Cholera in southern India
Disease focus: Cholera
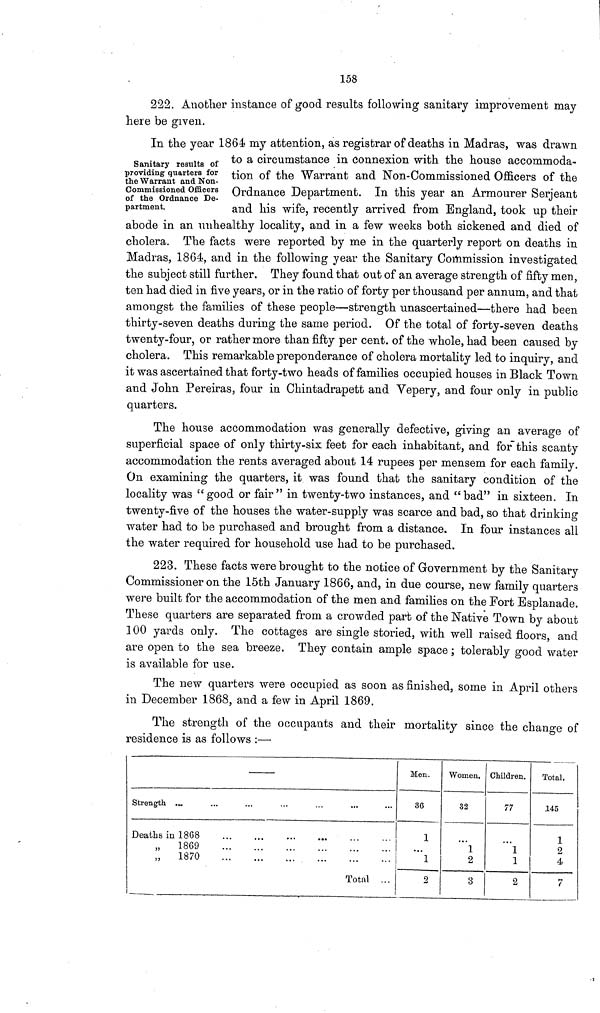
158
222. Another instance of good results following sanitary improvement may
here be given.
Sanitary results of
providing quarters for
the Warrant and Non-
commissioned Officers
of the Ordnance De-
partment.
In the year 1864 my attention, as registrar of deaths in Madras, was drawn
to a circumstance in connexion with the house accommoda-
tion of the Warrant and Non-Commissioned Officers of the
Ordnance Department. In this year an Armourer Serjeant
and his wife, recently arrived from England, took up their
abode in an unhealthy locality, and in a few weeks both sickened and died of
cholera. The facts were reported by me in the quarterly report on deaths in
Madras, 1864, and in the following year the Sanitary Commission investigated
the subject still further. They found that out of an average strength of fifty men,
ten had died in five years, or in the ratio of forty per thousand per annum, and that
amongst the families of these people—strength unascertained—there had been
thirty-seven deaths during the same period. Of the total of forty-seven deaths
twenty-four, or rather more than fifty per cent. of the whole, had been caused by
cholera. This remarkable preponderance of cholera mortality led to inquiry, and
it was ascertained that forty-two heads of families occupied houses in Black Town
and John Pereiras, four in Chintadrapett and Vepery, and four only in public
quarters.
The house accommodation was generally defective, giving an average of
superficial space of only thirty-six feet for each inhabitant, and for this scanty
accommodation the rents averaged about 14 rupees per mensem for each family.
On examining the quarters, it was found that the sanitary condition of the
locality was " good or fair " in twenty-two instances, and "bad" in sixteen. In
twenty-five of the houses the water-supply was scarce and bad, so that drinking
water had to be purchased and brought from a distance. In four instances all
the water required for household use had to be purchased.
223. These facts were brought to the notice of Government by the Sanitary
Commissioner on the 15th January 1866, and, in due course, new family quarters
were built for the accommodation of the men and families on the Fort Esplanade.
These quarters are separated from a crowded part of the Native Town by about
100 yards only. The cottages are single storied, with well raised floors, and
are open to the sea breeze. They contain ample space ; tolerably good water
is available for use.
The new quarters were occupied as soon as finished, some in April others
in December 1868, and a few in April 1869.
The strength of the occupants and their mortality since the change of
residence is as follows :—
Strength ...
Deaths in 1868
„
1869
„
1870
...
...
...
...
...
...
...
...
...
...
...
...
...
...
...
...
...
...
...
...
Total
...
...
...
...
...
Men.
36
1
...
1
2
Women.
32
...
1
2
3
Children.
77
...
1
1
2
Total.
145
1
2
4
7